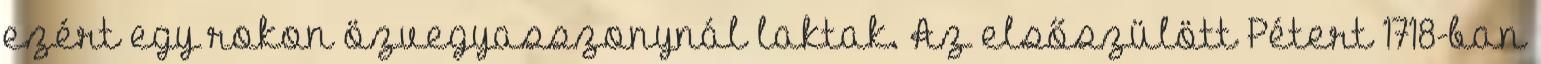
ezért egy rokon özvegyasszonynál laktak. Az elsőszülött Pétert 1718-ban